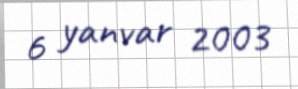
6 yanvar 2003